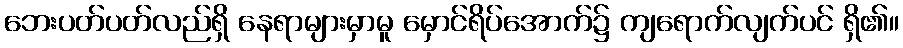
ဘေးပတ်ပတ်လည်ရှိ နေရာများမှာမူ မှောင်ရိပ်အောက်၌ ကျရောက်လျက်ပင် ရှိ၏။